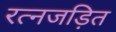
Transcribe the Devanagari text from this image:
रत्नजड़ित